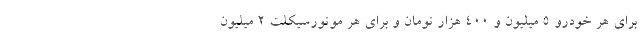
برای هر خودرو 5 میلیون و 400 هزار تومان و برای هر موتورسیکلت 2 میلیون